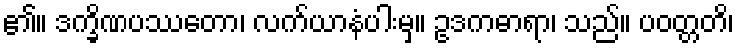
၏။ ဒက္ခိဏပဿတော၊ လက်ယာနံပါးမှ။ ဥဒကဓာရာ၊ သည်။ ပဝတ္တတိ၊